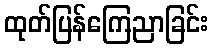
ထုတ်ပြန်ကြေညာခြင်း